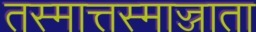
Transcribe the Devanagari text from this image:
तस्मात्तस्माज्जाता